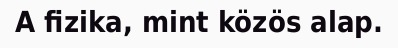
A fizika, mint közös alap.